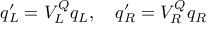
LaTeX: q _ { L } ^ { \prime } = V _ { L } ^ { Q } q _ { L } , \quad q _ { R } ^ { \prime } = V _ { R } ^ { Q } q _ { R }